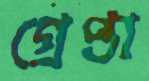
গ্রেপ্তা